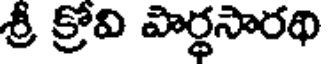
శ్రీ క్రోవి పార్థసారథి